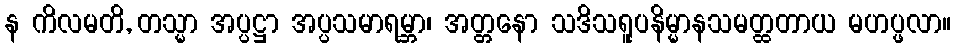
န ကိလမတိ, တသ္မာ အပ္ပဋ္ဌာ အပ္ပသမာရမ္ဘာ၊ အတ္တနော သဒိသရူပနိမ္မာနသမတ္ထတာယ မဟပ္ဖလာ။